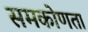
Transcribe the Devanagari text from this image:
समकोणता